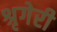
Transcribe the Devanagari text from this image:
श्रृगेरी